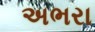
અભરા